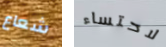
شعاع لاحتساء